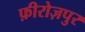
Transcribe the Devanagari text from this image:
फ़ीरोज़पुर